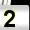
Digit: 2